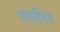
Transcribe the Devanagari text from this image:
एलेमैंगेन